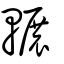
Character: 輾